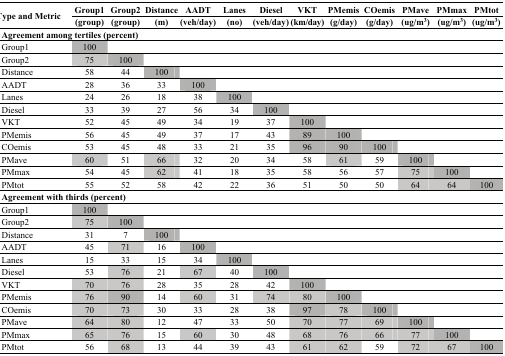
<table><thead><tr><td rowspan="2"><b>Type and Metric</b></td><td><b>Group1</b></td><td><b>Group2</b></td><td><b>Distance</b></td><td><b>AADT</b></td><td><b>Lanes</b></td><td><b>Diesel</b></td><td><b>VKT</b></td><td><b>PMemis</b></td><td><b>COemis</b></td><td><b>PMave</b></td><td><b>PMmax</b></td><td><b>PMtot</b></td></tr><tr><td><b>(group)</b></td><td><b>(group)</b></td><td><b>(m)</b></td><td><b>(veh/day)</b></td><td><b>(no)</b></td><td><b>(veh/day)</b></td><td><b>(km/day)</b></td><td><b>(g/day)</b></td><td><b>(g/day)</b></td><td><b>(ug/m<sup>3</sup>)</b></td><td><b>(ug/m<sup>3</sup>)</b></td><td><b>(ug/m<sup>3</sup>)</b></td></tr></thead><tbody><tr><td colspan="4"><b>Agreement among tertiles (percent)</b></td><td>[EMPTY_CELL]</td><td>[EMPTY_CELL]</td><td>[EMPTY_CELL]</td><td>[EMPTY_CELL]</td><td>[EMPTY_CELL]</td><td>[EMPTY_CELL]</td><td>[EMPTY_CELL]</td><td>[EMPTY_CELL]</td><td>[EMPTY_CELL]</td></tr><tr><td>Group1</td><td>100</td><td>[EMPTY_CELL]</td><td>[EMPTY_CELL]</td><td>[EMPTY_CELL]</td><td>[EMPTY_CELL]</td><td>[EMPTY_CELL]</td><td>[EMPTY_CELL]</td><td>[EMPTY_CELL]</td><td>[EMPTY_CELL]</td><td>[EMPTY_CELL]</td><td>[EMPTY_CELL]</td><td>[EMPTY_CELL]</td></tr><tr><td>Group2</td><td>75</td><td>100</td><td>[EMPTY_CELL]</td><td>[EMPTY_CELL]</td><td>[EMPTY_CELL]</td><td>[EMPTY_CELL]</td><td>[EMPTY_CELL]</td><td>[EMPTY_CELL]</td><td>[EMPTY_CELL]</td><td>[EMPTY_CELL]</td><td>[EMPTY_CELL]</td><td>[EMPTY_CELL]</td></tr><tr><td>Distance</td><td>58</td><td>44</td><td>100</td><td>[EMPTY_CELL]</td><td>[EMPTY_CELL]</td><td>[EMPTY_CELL]</td><td>[EMPTY_CELL]</td><td>[EMPTY_CELL]</td><td>[EMPTY_CELL]</td><td>[EMPTY_CELL]</td><td>[EMPTY_CELL]</td><td>[EMPTY_CELL]</td></tr><tr><td>AADT</td><td>28</td><td>36</td><td>33</td><td>100</td><td>[EMPTY_CELL]</td><td>[EMPTY_CELL]</td><td>[EMPTY_CELL]</td><td>[EMPTY_CELL]</td><td>[EMPTY_CELL]</td><td>[EMPTY_CELL]</td><td>[EMPTY_CELL]</td><td>[EMPTY_CELL]</td></tr><tr><td>Lanes</td><td>24</td><td>26</td><td>18</td><td>38</td><td>100</td><td>[EMPTY_CELL]</td><td>[EMPTY_CELL]</td><td>[EMPTY_CELL]</td><td>[EMPTY_CELL]</td><td>[EMPTY_CELL]</td><td>[EMPTY_CELL]</td><td>[EMPTY_CELL]</td></tr><tr><td>Diesel</td><td>33</td><td>39</td><td>27</td><td>56</td><td>34</td><td>100</td><td>[EMPTY_CELL]</td><td>[EMPTY_CELL]</td><td>[EMPTY_CELL]</td><td>[EMPTY_CELL]</td><td>[EMPTY_CELL]</td><td>[EMPTY_CELL]</td></tr><tr><td>VKT</td><td>52</td><td>45</td><td>49</td><td>34</td><td>19</td><td>37</td><td>100</td><td>[EMPTY_CELL]</td><td>[EMPTY_CELL]</td><td>[EMPTY_CELL]</td><td>[EMPTY_CELL]</td><td>[EMPTY_CELL]</td></tr><tr><td>PMemis</td><td>56</td><td>45</td><td>49</td><td>37</td><td>17</td><td>43</td><td>89</td><td>100</td><td>[EMPTY_CELL]</td><td>[EMPTY_CELL]</td><td>[EMPTY_CELL]</td><td>[EMPTY_CELL]</td></tr><tr><td>COemis</td><td>53</td><td>45</td><td>48</td><td>33</td><td>21</td><td>35</td><td>96</td><td>90</td><td>100</td><td>[EMPTY_CELL]</td><td>[EMPTY_CELL]</td><td>[EMPTY_CELL]</td></tr><tr><td>PMave</td><td>60</td><td>51</td><td>66</td><td>32</td><td>20</td><td>34</td><td>58</td><td>61</td><td>59</td><td>100</td><td>[EMPTY_CELL]</td><td>[EMPTY_CELL]</td></tr><tr><td>PMmax</td><td>54</td><td>45</td><td>62</td><td>41</td><td>18</td><td>35</td><td>58</td><td>56</td><td>57</td><td>75</td><td>100</td><td>[EMPTY_CELL]</td></tr><tr><td>PMtot</td><td>55</td><td>52</td><td>58</td><td>42</td><td>22</td><td>36</td><td>51</td><td>50</td><td>50</td><td>64</td><td>64</td><td>100</td></tr><tr><td colspan="3"><b>Agreement with thirds (percent)</b></td><td>[EMPTY_CELL]</td><td>[EMPTY_CELL]</td><td>[EMPTY_CELL]</td><td>[EMPTY_CELL]</td><td>[EMPTY_CELL]</td><td>[EMPTY_CELL]</td><td>[EMPTY_CELL]</td><td>[EMPTY_CELL]</td><td>[EMPTY_CELL]</td><td>[EMPTY_CELL]</td></tr><tr><td>Group1</td><td>100</td><td>[EMPTY_CELL]</td><td>[EMPTY_CELL]</td><td>[EMPTY_CELL]</td><td>[EMPTY_CELL]</td><td>[EMPTY_CELL]</td><td>[EMPTY_CELL]</td><td>[EMPTY_CELL]</td><td>[EMPTY_CELL]</td><td>[EMPTY_CELL]</td><td>[EMPTY_CELL]</td><td>[EMPTY_CELL]</td></tr><tr><td>Group2</td><td>75</td><td>100</td><td>[EMPTY_CELL]</td><td>[EMPTY_CELL]</td><td>[EMPTY_CELL]</td><td>[EMPTY_CELL]</td><td>[EMPTY_CELL]</td><td>[EMPTY_CELL]</td><td>[EMPTY_CELL]</td><td>[EMPTY_CELL]</td><td>[EMPTY_CELL]</td><td>[EMPTY_CELL]</td></tr><tr><td>Distance</td><td>31</td><td>7</td><td>100</td><td>[EMPTY_CELL]</td><td>[EMPTY_CELL]</td><td>[EMPTY_CELL]</td><td>[EMPTY_CELL]</td><td>[EMPTY_CELL]</td><td>[EMPTY_CELL]</td><td>[EMPTY_CELL]</td><td>[EMPTY_CELL]</td><td>[EMPTY_CELL]</td></tr><tr><td>AADT</td><td>45</td><td>71</td><td>16</td><td>100</td><td>[EMPTY_CELL]</td><td>[EMPTY_CELL]</td><td>[EMPTY_CELL]</td><td>[EMPTY_CELL]</td><td>[EMPTY_CELL]</td><td>[EMPTY_CELL]</td><td>[EMPTY_CELL]</td><td>[EMPTY_CELL]</td></tr><tr><td>Lanes</td><td>15</td><td>33</td><td>15</td><td>34</td><td>100</td><td>[EMPTY_CELL]</td><td>[EMPTY_CELL]</td><td>[EMPTY_CELL]</td><td>[EMPTY_CELL]</td><td>[EMPTY_CELL]</td><td>[EMPTY_CELL]</td><td>[EMPTY_CELL]</td></tr><tr><td>Diesel</td><td>53</td><td>76</td><td>21</td><td>67</td><td>40</td><td>100</td><td>[EMPTY_CELL]</td><td>[EMPTY_CELL]</td><td>[EMPTY_CELL]</td><td>[EMPTY_CELL]</td><td>[EMPTY_CELL]</td><td>[EMPTY_CELL]</td></tr><tr><td>VKT</td><td>70</td><td>76</td><td>28</td><td>35</td><td>28</td><td>42</td><td>100</td><td>[EMPTY_CELL]</td><td>[EMPTY_CELL]</td><td>[EMPTY_CELL]</td><td>[EMPTY_CELL]</td><td>[EMPTY_CELL]</td></tr><tr><td>PMemis</td><td>76</td><td>90</td><td>14</td><td>60</td><td>31</td><td>74</td><td>80</td><td>100</td><td>[EMPTY_CELL]</td><td>[EMPTY_CELL]</td><td>[EMPTY_CELL]</td><td>[EMPTY_CELL]</td></tr><tr><td>COemis</td><td>70</td><td>73</td><td>30</td><td>33</td><td>28</td><td>38</td><td>97</td><td>78</td><td>100</td><td>[EMPTY_CELL]</td><td>[EMPTY_CELL]</td><td>[EMPTY_CELL]</td></tr><tr><td>PMave</td><td>64</td><td>80</td><td>12</td><td>47</td><td>33</td><td>50</td><td>70</td><td>77</td><td>69</td><td>100</td><td>[EMPTY_CELL]</td><td>[EMPTY_CELL]</td></tr><tr><td>PMmax</td><td>65</td><td>76</td><td>15</td><td>60</td><td>30</td><td>48</td><td>68</td><td>76</td><td>66</td><td>77</td><td>100</td><td>[EMPTY_CELL]</td></tr><tr><td>PMtot</td><td>56</td><td>68</td><td>13</td><td>44</td><td>39</td><td>43</td><td>61</td><td>62</td><td>59</td><td>72</td><td>67</td><td>100</td></tr></tbody></table>